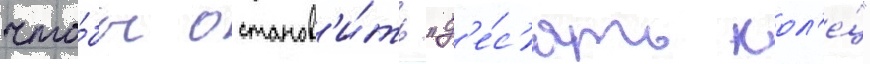
что́бы останов'и́ть "д'е́с'ять кол'е́ц"